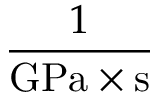
\frac { 1 } { \mathrm { { G P a } } \times \mathrm { { s } } }